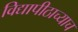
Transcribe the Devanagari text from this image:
विद्यापीठाच्याच